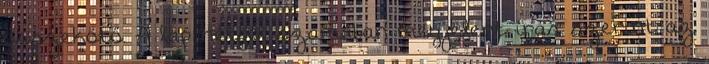
összekötő. A lap hétfői számában megjelent írás szerint az